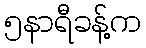
၅နာရီခန့်က